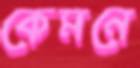
কেমনে